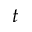
t